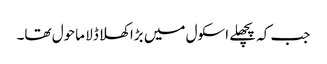
جب کہ پچھلے اسکول میں بڑا کھلا ڈلا ماحول تھا۔